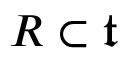
R \subset { \mathfrak { t } }